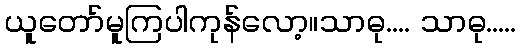
ယူတော်မူကြပါကုန်လော့။သာဓု.... သာဓု.....